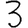
Digit: 3